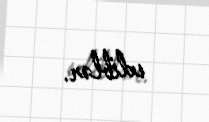
ediblər.